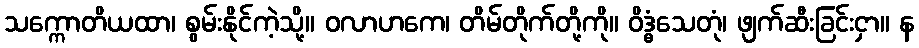
သက္ကောတိယထာ၊ စွမ်းနိုင်ကဲ့သို့။ ဝလာဟကေ၊ တိမ်တိုက်တို့ကို။ ဝိဒ္ဓံသေတုံ၊ ဖျက်ဆီးခြင်းငှာ။ န